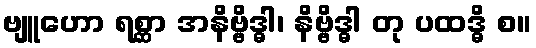
ဗျူဟော ရစ္ဆာ အနိဗ္ဗိဒ္ဓါ၊ နိဗ္ဗိဒ္ဓါ တု ပထဒ္ဓိ စ။